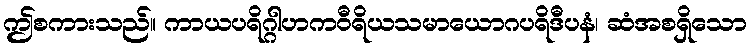
ဤစကားသည်။ ကာယပရိဂ္ဂါဟကဝီရိယသမာယောဂပရိဒီပနံ၊ ဆံအစရှိသော